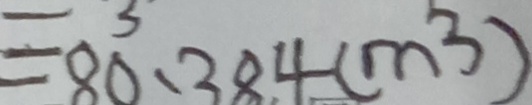
= 8 0 . 3 8 4 ( m ^ { 3 } )